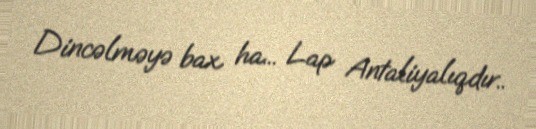
Dincəlməyə bax ha... Lap Antaliyalıqdır..